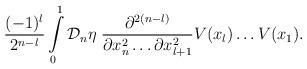
LaTeX: \begin{align*} \frac{(-1)^l}{2^{n-l}}\int \limits_0^1 {\cal D}_n \eta\; \frac{\partial^{2(n-l)}}{\partial x_n^2 \dots \partial x_{l+1}^2} V(x_l) \dots V(x_1).\end{align*}